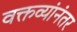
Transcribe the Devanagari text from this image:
वक्तव्यांनंतर